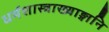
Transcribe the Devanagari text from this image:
धर्मशास्त्राख्याङ्गानि